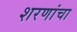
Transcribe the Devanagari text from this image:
शरणांचा